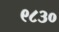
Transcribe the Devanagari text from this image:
९८३०